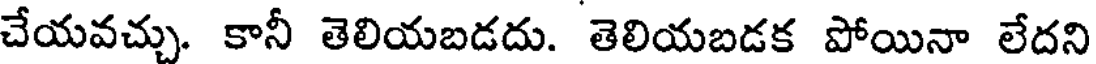
చేయవచ్చు. కానీ తెలియబడదు. తెలియబడక పోయినా లేదని